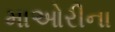
માઓરીના